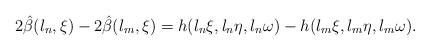
LaTeX: \begin{align*} 2\hat\beta(l_n,\xi)-2\hat\beta(l_m,\xi)=h(l_n \xi,l_n \eta, l_n \omega)-h(l_m \xi,l_m \eta, l_m \omega).\end{align*}